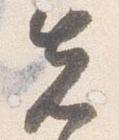
先